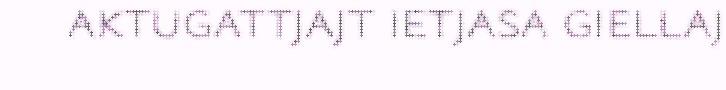
aktugattjajt ietjasa giellaj